Cholera in southern India
Disease focus: Cholera
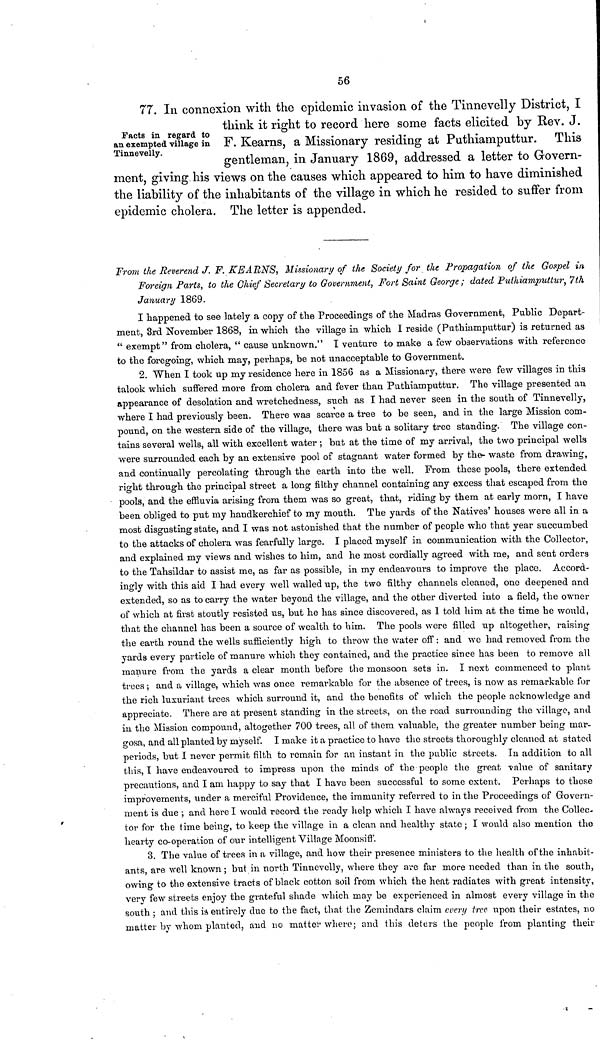
56
Facts in regard to
an exempted village in
Tinnevelly.
77. In connexion with the epidemic invasion of the Tinnevelly District, I
think it right to record here some facts elicited by Rev. J.
F. Kearns, a Missionary residing at Puthiamputtur. This
gentleman, in January 1869, addressed a letter to Govern-
ment, giving his views on the causes which appeared to him to have diminished
the liability of the inhabitants of the village in which he resided to suffer from
epidemic cholera. The letter is appended.
From the Reverend J. F. KEARNS, Missionary of the Society for the Propagation of the Gospel in
Foreign Parts, to the Chief Secretary to Government, Fort Saint George ; dated Puthiamputtur, 7th
January 1869.
I happened to see lately a copy of the Proceedings of the Madras Government, Public Depart-
ment, 3rd November 1868, in which the village in which I reside (Puthiamputtur) is returned as
" exempt" from cholera, " cause unknown." I venture to make a few observations with reference
to the foregoing, which may, perhaps, be not unacceptable to Government.
2. When I took up my residence here in 1856 as a Missionary, there were few villages in this
talook which suffered more from cholera and fever than Puthiamputtur. The village presented an
appearance of desolation and wretchedness, such as I had never seen in the south of Tinnevelly,
where I had previously been. There was scarce a tree to be seen, and in the large Mission com-
pound, on the western side of the village, there was but a solitary tree standing. The village con-
tains several wells, all with excellent water ; but at the time of my arrival, the two principal wells
were surrounded each by an extensive pool of stagnant water formed by the- waste from drawing,
and continually percolating through the earth into the well. From these pools, there extended
right through the principal street a long filthy channel containing any excess that escaped from the
pools, and the effluvia arising from them was so great, that, riding by them at early morn, I have
been obliged to put my handkerchief to my mouth. The yards of the Natives' houses were all in a
most disgusting state, and I was not astonished that the number of people who that year succumbed
to the attacks of cholera was fearfully large. I placed myself in communication with the Collector,
and explained my views and wishes to him, and he most cordially agreed with me, and sent orders
to the Tahsildar to assist me, as far as possible, in my endeavours to improve the place. Accord-
ingly with this aid I had every well walled up, the two filthy channels cleaned, one deepened and
extended, so as to carry the water beyond the village, and the other diverted into a field, the owner
of which at first stoutly resisted us, but he has since discovered, as I told him at the time he would,
that the channel has been a source of wealth to him. The pools were filled up altogether, raising
the earth round the wells sufficiently high to throw the water off ; and we had removed from the
yards every particle of manure which they contained, and the practice since has been to remove all
manure from the yards a clear month before the monsoon sets in. I next commenced to plant
trees ; and a village, which was once remarkable for the absence of trees, is now as remarkable for
the rich luxuriant trees which surround it, and the benefits of which the people acknowledge and
appreciate. There are at present standing in the streets, on the road surrounding the village, and
in the Mission compound, altogether 700 trees, all of them valuable, the greater number being mar-
gosa, and all planted by myself. I make it a practice to have the streets thoroughly cleaned at stated
periods, but I never permit filth to remain for an instant in the public streets. In addition to all
this, I have endeavoured to impress upon the minds of the people the great value of sanitary
precautions, and I am happy to say that I have been successful to some extent. Perhaps to these
improvements, under a merciful Providence, the immunity referred to in the Proceedings of Govern-
ment is due ; and here I would record the ready help which I have always received from the Collec-
tor for the time being, to keep the village in a clean and healthy state ; I would also mention the
hearty co-operation of our intelligent Village Moonsiff.
3. The value of trees in a village, and how their presence ministers to the health of the inhabit-
ants, are well known ; but in north Tinnevelly, where they are far more needed than in the south,
owing to the extensive tracts of black cotton soil from which the heat radiates with great intensity,
very few streets enjoy the grateful shade which may be experienced in almost every village in the
south ; and this is entirely due to the fact, that the Zemindars claim every tree upon their estates, no
matter by whom planted, and no matter where; and this deters the people from planting their